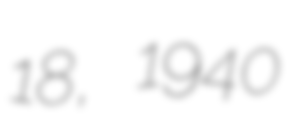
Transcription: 18, 1940